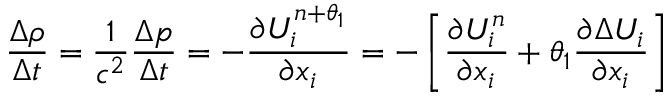
\frac { \Delta \rho } { \Delta t } = \frac { 1 } { { { c } ^ { 2 } } } \frac { \Delta p } { \Delta t } = - \frac { \partial U _ { i } ^ { n + \theta _ { 1 } } } { \partial { { x } _ { i } } } = - \left[ \frac { \partial U _ { i } ^ { n } } { \partial { { x } _ { i } } } + \theta _ { 1 } \frac { \partial \Delta { { U } _ { i } } } { \partial { { x } _ { i } } } \right]